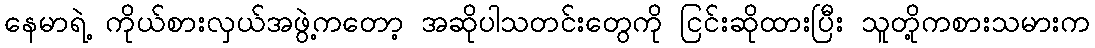
နေမာရဲ့ ကိုယ်စားလှယ်အဖွဲ့ကတော့ အဆိုပါသတင်းတွေကို ငြင်းဆိုထားပြီး သူတို့ကစားသမားက